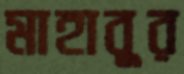
মাহাবুর